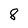
Character: 8